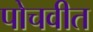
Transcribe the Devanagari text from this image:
पोचवीत